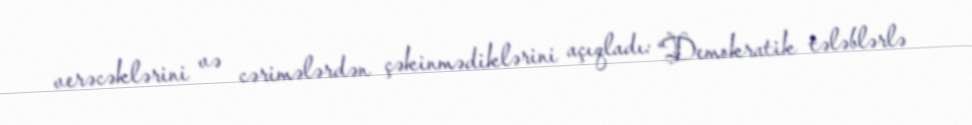
verəcəklərini və cərimələrdən çəkinmədiklərini açıqladı: “Demokratik tələblərlə